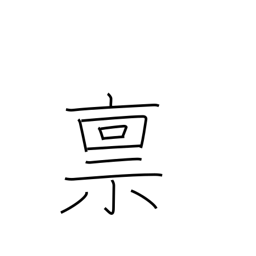
Meaning: salary in rice